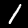
Digit: 1